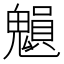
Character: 𩴉